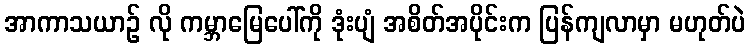
အာကာသယာဉ် လို ကမ္ဘာမြေပေါ်ကို ဒုံးပျံ အစိတ်အပိုင်းက ပြန်ကျလာမှာ မဟုတ်ပဲ